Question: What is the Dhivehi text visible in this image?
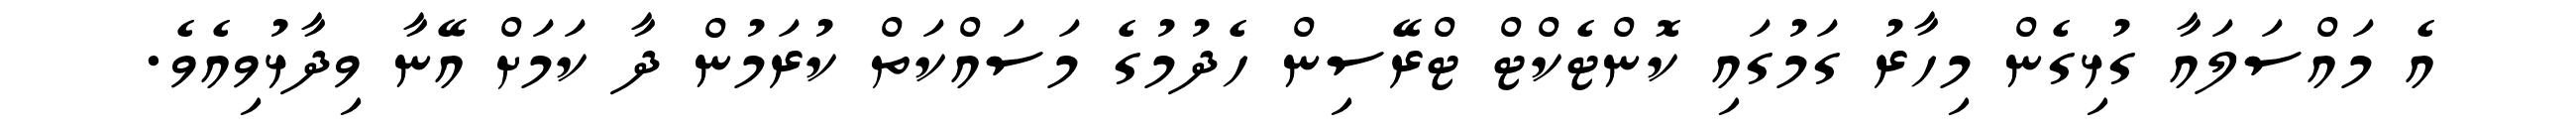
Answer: އެ މައްސަލައާ ގުޅިގެން މިހާރު ގަމުގައި ކޮންޓެކްޓް ޓްރޭސިން ހެދުމުގެ މަސައްކަތް ކުރަމުން ދާ ކަމަށް އޭނާ ވިދާޅުވިއެވެ.